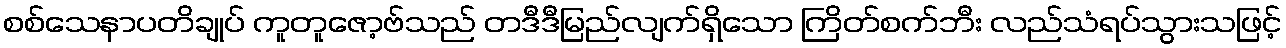
စစ်သေနာပတိချုပ် ကူတူဇော့ဗ်သည် တဒီဒီမြည်လျက်ရှိသော ကြိတ်စက်ဘီး လည်သံရပ်သွားသဖြင့်